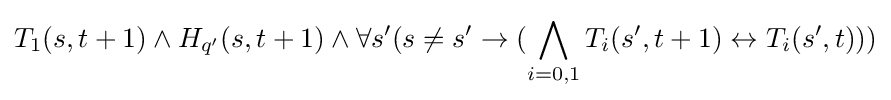
T_{1}(s,t+1)\land H_{q'}(s,t+1)\land \forall s'(s\neq s'\to (\bigwedge _{i=0,1}T_{i}(s',t+1)\leftrightarrow T_{i}(s',t)))